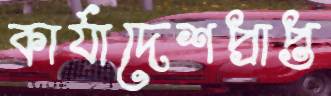
কার্যাদেশপ্রাপ্ত